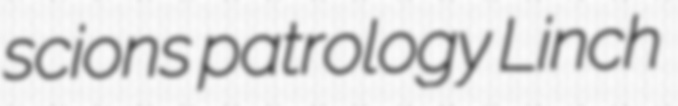
scions patrology Linch